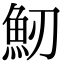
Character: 𩵕